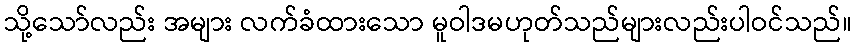
သို့သော်လည်း အများ လက်ခံထားသော မူဝါဒမဟုတ်သည်များလည်းပါဝင်သည်။